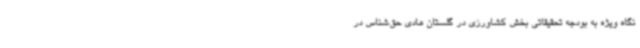
نگاه ویژه به بودجه تحقیقاتی بخش کشاورزی در گلستان هادی حق‌شناس در